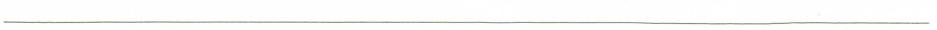
___